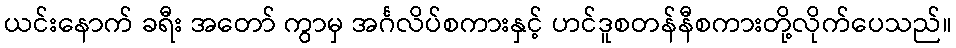
ယင်းနောက် ခရီး အတော် ကွာမှ အင်္ဂလိပ်စကားနှင့် ဟင်ဒူစတန်နီစကားတို့လိုက်ပေသည်။